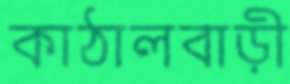
কাঠালবাড়ী